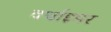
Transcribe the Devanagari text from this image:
वर्थाइमर